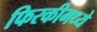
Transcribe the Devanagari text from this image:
फिरकीमध्ये